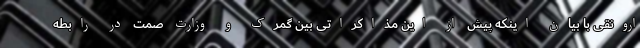
ارونقی با بیان اینکه پیش از این مذاکراتی بین گمرک و وزارت صمت در رابطه